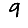
Digit: 9